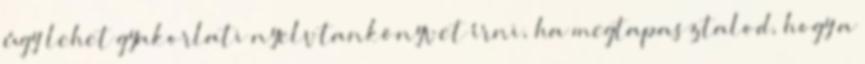
úgy lehet gyakorlati nyelvtankönyvet írni, ha megtapasztalod, hogy a